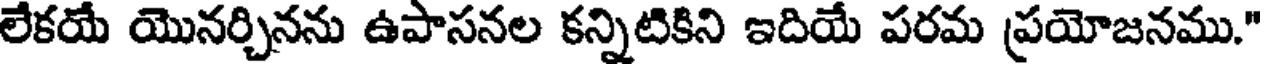
లేకయే యొనర్చినను ఉపాసనల కన్నిటికిని ఇదియే పరమ ప్రయోజనము."